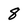
Character: 8